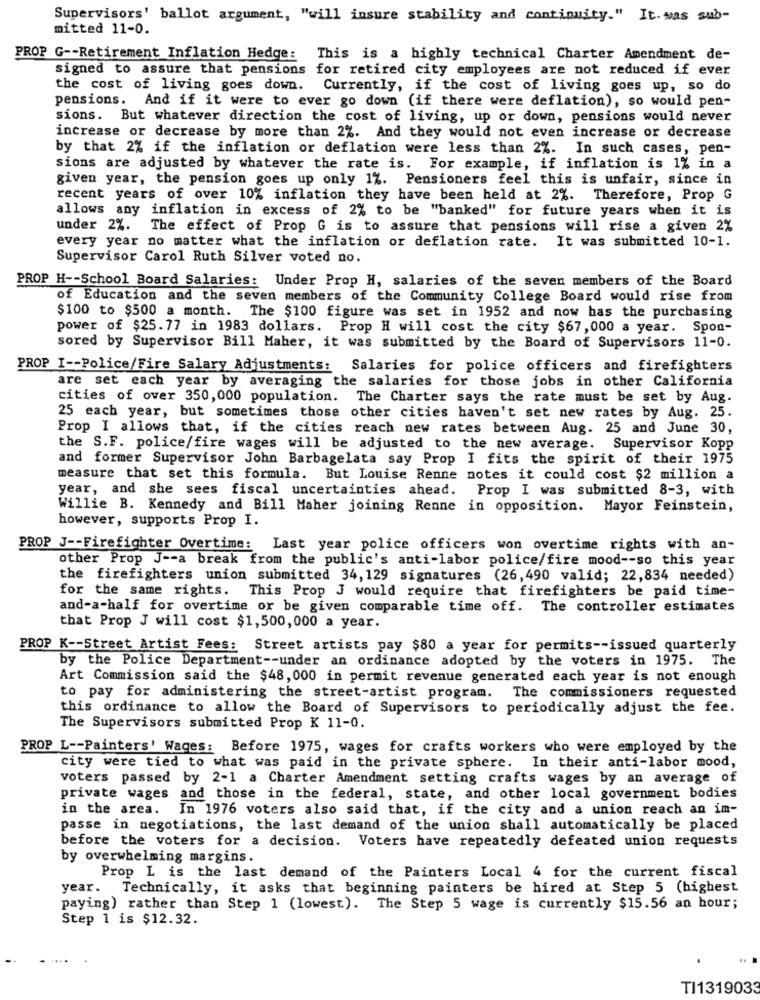
Supervisors' ballot argument, "will insure stability and continuity." It. was sub-
mitted 11-0.
PROP G -- Retirement Inflation Hedge: This is a highly technical Charter Amendment de-
signed to assure that pensions for retired city employees are not reduced if ever
the cost of living goes down.
Currently, if the cost of living goes up, so do
pensions. And if it were to ever go down (if there were deflation), so would pen-
sions. But whatever direction the cost of living, up or down, pensions would never
increase or decrease by more than 2%. And they would not even increase or decrease
by that 2% if the inflation or deflation were less than 2%. In such cases, pen-
sions are adjusted by whatever the rate is. For example, if inflation is 1% in a
given year, the pension goes up only 1%. Pensioners feel this is unfair, since in
recent years of over 10% inflation they have been held at 2%. Therefore, Prop G
allows any inflation in excess of 2% to be "banked" for future years when it is
under 2%.
The effect of Prop G is to assure that pensions will rise a given 2%
every year no matter what the inflation or deflation rate. It was submitted 10-1.
Supervisor Carol Ruth Silver voted no.
PROP H -- School Board Salaries: Under Prop H, salaries of the seven members of the Board
of Education and the seven members of the Community College Board would rise from
$100 to $500 a month. The $100 figure was set in 1952 and now has the purchasing
power of $25.77 in 1983 dollars. Prop H will cost the city $67,000 a year. Spon-
sored by Supervisor Bill Maher, it was submitted by the Board of Supervisors 11-0.
PROP I -- Police/Fire Salary Adjustments: Salaries for police officers and firefighters
are set each year by averaging the salaries for those jobs in other California
cities of over 350,000 population. The Charter says the rate must be set by Aug.
25 each year, but sometimes those other cities haven't set new rates by Aug. 25.
Prop I allows that, if the cities reach new rates between Aug. 25 and June 30,
the S.F. police/fire wages will be adjusted to the new average. Supervisor Kopp
and former Supervisor John Barbagelata say Prop I fits the spirit of their 1975
measure that set this formula. But Louise Renne notes it could cost $2 million a
year, and she sees fiscal uncertainties ahead.
Prop I was submitted 8-3, with
Willie B. Kennedy and Bill Maher joining Renne in opposition.
Mayor Feinstein,
however, supports Prop I.
PROP J -- Firefighter Overtime: Last year police officers won overtime rights with an-
other Prop J -- a break from the public's anti-labor police/fire mood -- so this year
the firefighters union submitted 34,129 signatures (26,490 valid; 22,834 needed)
for the same rights. This Prop J would require that firefighters be paid time-
and-a-half for overtime or be given comparable time off. The controller estimates
that Prop J will cost $1,500,000 a year.
PROP K -- Street Artist Fees: Street artists pay $80 a year for permits -- issued quarterly
by the Police Department -- under an ordinance adopted by the voters in 1975. The
Art Commission said the $48, 000 in permit revenue generated each year is not enough
to pay for administering the street-artist program. The commissioners requested
this ordinance to allow the Board of Supervisors to periodically adjust the fee.
The Supervisors submitted Prop K 11-0.
PROP L -- Painters' Wages: Before 1975, wages for crafts workers who were employed by the
city were tied to what was paid in the private sphere. In their anti-labor mood,
voters passed by 2-1 a Charter Amendment setting crafts wages by an average of
private wages and those in the federal, state, and other local government bodies
in the area. In 1976 voters also said that, if the city and a union reach an im-
passe in negotiations, the last demand of the union shall automatically be placed
before the voters for a decision. Voters have repeatedly defeated union requests
by overwhelming margins.
Prop L is the last demand of the Painters Local 4 for the current fiscal
year.
Technically, it asks that beginning painters be hired at Step 5 (highest
paying) rather than Step 1 (lowest). The Step 5 wage is currently $15.56 an hour;
Step 1 is $12.32.
TI1319033